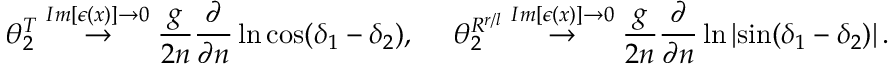
\theta _ { 2 } ^ { T } \stackrel { I m [ \epsilon ( x ) ] \rightarrow 0 } { \rightarrow } \frac { g } { 2 n } \frac { \partial } { \partial n } \ln \cos ( \delta _ { 1 } - \delta _ { 2 } ) , \ \ \ \ \theta _ { 2 } ^ { R ^ { r / l } } \stackrel { I m [ \epsilon ( x ) ] \rightarrow 0 } { \rightarrow } \frac { g } { 2 n } \frac { \partial } { \partial n } \ln \left| \sin ( \delta _ { 1 } - \delta _ { 2 } ) \right| .